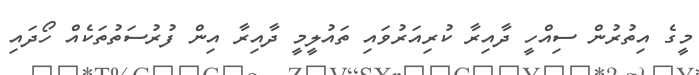
މީގެ އިތުރުން ސިއްހީ ދާއިރާ ކުރިއަރުވައި ތައުލީމީ ދާއިރާ އިން ފުރުސަތުތަކެއް ހޯދައި